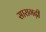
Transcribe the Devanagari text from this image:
सारागढ़ी